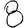
Digit: 8